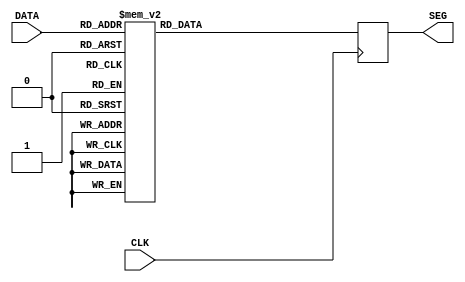
module SevenSegment (
	input CLK,
	output [6:0] SEG,
	input  [3:0] DATA
	);



always @(posedge CLK)
begin
	case (DATA)
		4'd0: SEG <= 7'b0000001;
		4'd1: SEG <= 7'b1001111;
		4'd2: SEG <= 7'b0010010;
		4'd3: SEG <= 7'b0000110;
		4'd4: SEG <= 7'b1001100;
		4'd5: SEG <= 7'b0100100;
		4'd6: SEG <= 7'b0100000;
		4'd7: SEG <= 7'b0001111;
		4'd8: SEG <= 7'b0000000;
		4'd9: SEG <= 7'b0000100;
		default: SEG <= 7'b1111111;
	endcase
end
endmodule
module top (
	input CLK,
	output [6:0] SEG
);

reg [3:0] number = 0; // change this 0-9

SevenSegment s ( CLK, SEG, number);

endmodule